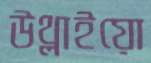
উথ্‌লাইয়ো